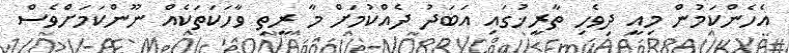
އެހެންކަމުން މިއީ ދިވެހި ތާރީޚުގައި އަބަދު ދެއްކުމަށް މާ ރީތި ވާހަކަތަކެއް ނޫންކަމަށްވެސް